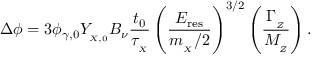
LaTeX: \Delta \phi = 3 \phi _ { \gamma , 0 } Y _ { _ { X , 0 } } B _ { \nu } { \frac { t _ { 0 } } { \tau _ { _ X } } } \left( \frac { E _ { \mathrm { r e s } } } { m _ { _ X } / 2 } \right) ^ { 3 / 2 } \left( \frac { \Gamma _ { _ Z } } { M _ { _ Z } } \right) .